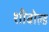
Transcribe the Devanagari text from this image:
शीबोल्ड